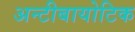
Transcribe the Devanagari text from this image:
अन्टीबायोटिक